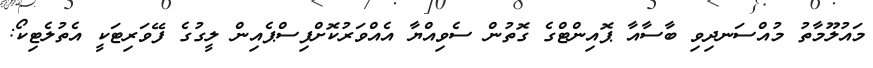
މައުލޫމާތު މުއްސަނދިވި ބާސާއާ ޕޮއިންޓްގެ ގޮތުން ސެވިއްޔާ އެއްވަރުކޮށްފިސްޕެއިން ލީގުގެ ފޭވަރިޓަކީ އެތުލެޓިކޯ: